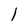
Character: l